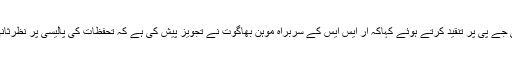
اُنھوں نے بی جے پی پر تنقید کرتے ہوئے کہاکہ آر ایس ایس کے سربراہ موہن بھاگوت نے تجویز پیش کی ہے کہ تحفظات کی پالیسی پر نظرثانی کی جائے۔